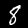
Label: 8